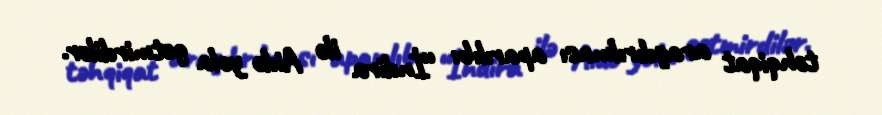
təhqiqat araşdırılması aparılıb: “İndira ilə Aidə yola getmirdilər.